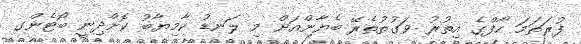
ފުރަތަމަ ހާފްގެ އިތުރު ވަގުތުތެރޭ ބެޔާންއަށް މި ލަނޑު ކާމިޔާބު ކޮށްދިނީ ބޯޓެންގ